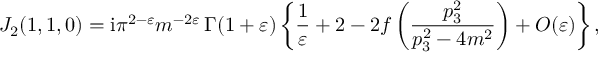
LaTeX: J _ { 2 } ( 1 , 1 , 0 ) = \mathrm { i } \pi ^ { 2 - \varepsilon } m ^ { - 2 \varepsilon } \, \Gamma ( 1 + \varepsilon ) \left\{ \frac { 1 } { \varepsilon } + 2 - 2 f \left( \frac { p _ { 3 } ^ { 2 } } { p _ { 3 } ^ { 2 } - 4 m ^ { 2 } } \right) + { \cal O } ( \varepsilon ) \right\} ,